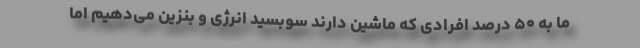
ما به ۵۰ درصد افرادی که ماشین دارند سوبسید انرژی و بنزین می‌دهیم اما